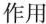
作用